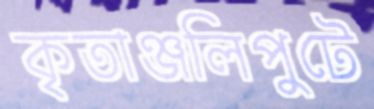
কৃতাঞ্জলিপুটে